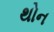
થોન